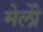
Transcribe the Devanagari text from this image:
मेलोें